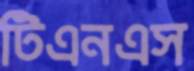
টিএনএস